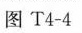
图T4-4